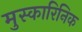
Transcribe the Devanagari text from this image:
मुस्कारिनिक